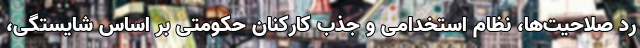
رد صلاحیت‌ها، نظام استخدامی و جذب کارکنان حکومتی بر اساس شایستگی،